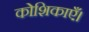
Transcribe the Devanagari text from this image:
कोशिकाएँ।